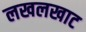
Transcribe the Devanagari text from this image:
लखलखाट